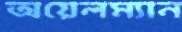
অয়েলম্যান